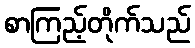
စာကြည့်တိုက်သည်